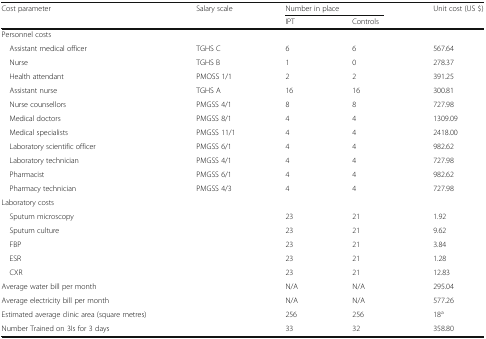
| <ROWSPAN=2> Cost parameter | <ROWSPAN=2> Salary scale | <COLSPAN=2> Number in place | <ROWSPAN=2> Unit cost (US $) |
 | IPT | Controls |
 | --- | --- | --- | --- | --- |
 | <COLSPAN=5> Personnel costs |
 | Assistant medical officer | TGHS C | 6 | 6 | 567.64 |
 | Nurse | TGHS B | 1 | 0 | 278.37 |
 | Health attendant | PMOSS 1/1 | 2 | 2 | 391.25 |
 | Assistant nurse | TGHS A | 16 | 16 | 300.81 |
 | Nurse counsellors | PMGSS 4/1 | 8 | 8 | 727.98 |
 | Medical doctors | PMGSS 8/1 | 4 | 4 | 1309.09 |
 | Medical specialists | PMGSS 11/1 | 4 | 4 | 2418.00 |
 | Laboratory scientific officer | PMGSS 6/1 | 4 | 4 | 982.62 |
 | Laboratory technician | PMGSS 4/1 | 4 | 4 | 727.98 |
 | Pharmacist | PMGSS 6/1 | 4 | 4 | 982.62 |
 | Pharmacy technician | PMGSS 4/3 | 4 | 4 | 727.98 |
 | <COLSPAN=5> Laboratory costs |
 | Sputum microscopy |  | 23 | 21 | 1.92 |
 | Sputum culture |  | 23 | 21 | 9.62 |
 | FBP |  | 23 | 21 | 3.84 |
 | ESR |  | 23 | 21 | 1.28 |
 | CXR |  | 23 | 21 | 12.83 |
 | Average water bill per month |  | N/A | N/A | 295.04 |
 | Average electricity bill per month |  | N/A | N/A | 577.26 |
 | Estimated average clinic area (square metres) |  | 256 | 256 | 18a |
 | Number Trained on 3Is for 3 days |  | 33 | 32 | 358.80 |